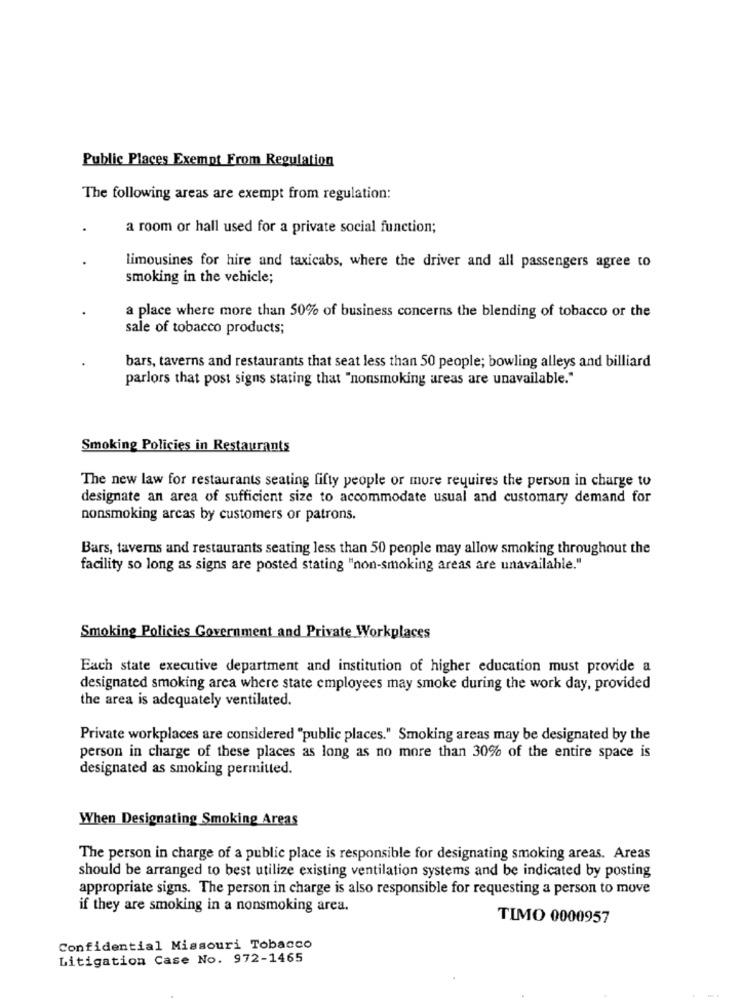
Public Places Exempt From Regulation
The following areas are exempt from regulation:
a room or hall used for a private social function;
limousines for hire and taxicabs, where the driver and all passengers agree to
smoking in the vehicle;
a place where more than 50% of business concerns the blending of tobacco or the
sale of tobacco products;
bars, taverns and restaurants that seat less than 50 people; bowling alleys and billiard
parlors that post signs stating that "nonsmoking areas are unavailable."
Smoking Policies in Restaurants
The new law for restaurants seating fifty people or more requires the person in charge to
designate an area of sufficient size to accommodate usual and customary demand for
nonsmoking arcas by customers or patrons.
Bars, taverns and restaurants seating less than 50 people may allow smoking throughout the
facility so long as signs are posted stating "non-smoking areas are unavailable."
Smoking Policies Government and Private Workplaces
Each state executive department and institution of higher education must provide a
designated smoking area where state employees may smoke during the work day, provided
the area is adequately ventilated.
Private workplaces are considered "public places." Smoking areas may be designated by the
person in charge of these places as long as no more than 30% of the entire space is
designated as smoking permitted.
When Designating Smoking Areas
The person in charge of a public place is responsible for designating smoking areas. Areas
should be arranged to best utilize existing ventilation systems and be indicated by posting
appropriate signs. The person in charge is also responsible for requesting a person to move
if they are smoking in a nonsmoking area.
TIMO 0000957
Confidential Missouri Tobacco
Litigation Case No. 972-1465